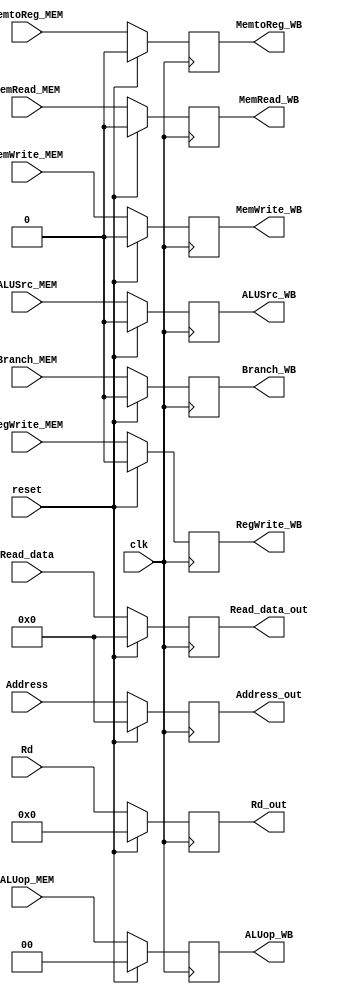
`timescale 1ns / 1ps
//////////////////////////////////////////////////////////////////////////////////
// Company: 
// Engineer: 
// 
// Design Name: 
// Module Name: pipeline_MEM_WB
// Project Name: 
// Target Devices: 
// Tool Versions: 
// Description: 
// 
// Dependencies: 
// 
// Revision:
// Revision 0.01 - File Created
// Additional Comments:
// 
//////////////////////////////////////////////////////////////////////////////////


module pipeline_MEM_WB(input clk, reset,
                       input[31:0] Read_data,
                       input[31:0] Address, 
                       input[4:0] Rd,
                       input MemRead_MEM, MemtoReg_MEM, MemWrite_MEM, RegWrite_MEM, Branch_MEM, ALUSrc_MEM,
                       input [1:0] ALUop_MEM,
                       
                       output reg[31:0] Read_data_out,
                       output reg[31:0] Address_out,
                       output reg[4:0] Rd_out,
                       output reg MemRead_WB, MemtoReg_WB, MemWrite_WB, RegWrite_WB, Branch_WB, ALUSrc_WB,
                       output reg [1:0] ALUop_WB
 
    );
    
    always@(posedge clk)
    begin
        if (reset)
            begin
                Read_data_out <= 32'b0;
                Address_out <= 32'b0;
                Rd_out <= 5'b0;
                MemRead_WB <= 1'b0;
                MemtoReg_WB <= 1'b0;
                MemWrite_WB <= 1'b0;
                RegWrite_WB <= 1'b0;
                Branch_WB <= 1'b0;
                ALUSrc_WB <= 1'b0;
                ALUop_WB <= 2'b0;
            end
        else
            begin
                Read_data_out <= Read_data;
                Address_out <= Address;
                Rd_out <= Rd;
                MemRead_WB <= MemRead_MEM;
                MemtoReg_WB <= MemtoReg_MEM;
                MemWrite_WB <= MemWrite_MEM;
                RegWrite_WB <= RegWrite_MEM;
                Branch_WB <= Branch_MEM;
                ALUSrc_WB <= ALUSrc_MEM;
                ALUop_WB <= ALUop_MEM;
            end
    end
endmodule